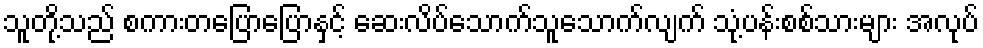
သူတို့သည် စကားတပြောပြောနှင့် ဆေးလိပ်သောက်သူသောက်လျက် သုံ့ပန်းစစ်သားများ အလုပ်